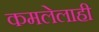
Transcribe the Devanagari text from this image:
कमलेलाही